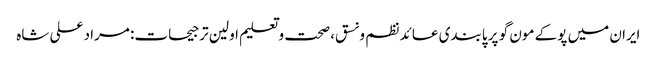
ایران میں پوکے مون گو پر پابندی عائد	 نظم و نسق، صحت و تعلیم اولین ترجیحات: مراد علی شاہ